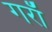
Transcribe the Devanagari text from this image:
गराॅ